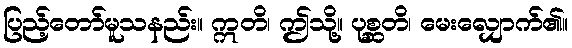
ပြည့်တော်မူသနည်း။ ဣတိ၊ ဤသို့။ ပုစ္ဆတိ၊ မေးလျှောက်၏။